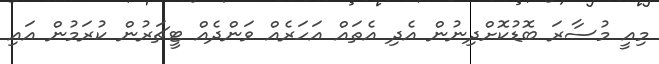
މިއީ މުސާރަ ބޮޑުކޮށްދިނުން އެދި އެތައް އަހަރެއް ވަންދެއް ޓީޗަރުން ކުރަމުން އައި